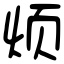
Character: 烦